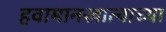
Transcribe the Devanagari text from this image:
हवामानखात्याच्या